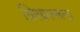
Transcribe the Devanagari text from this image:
श्रिमधरामचन्द्रा